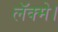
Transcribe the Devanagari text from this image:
लॅक्मे।